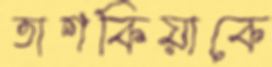
তাশকিয়াকে